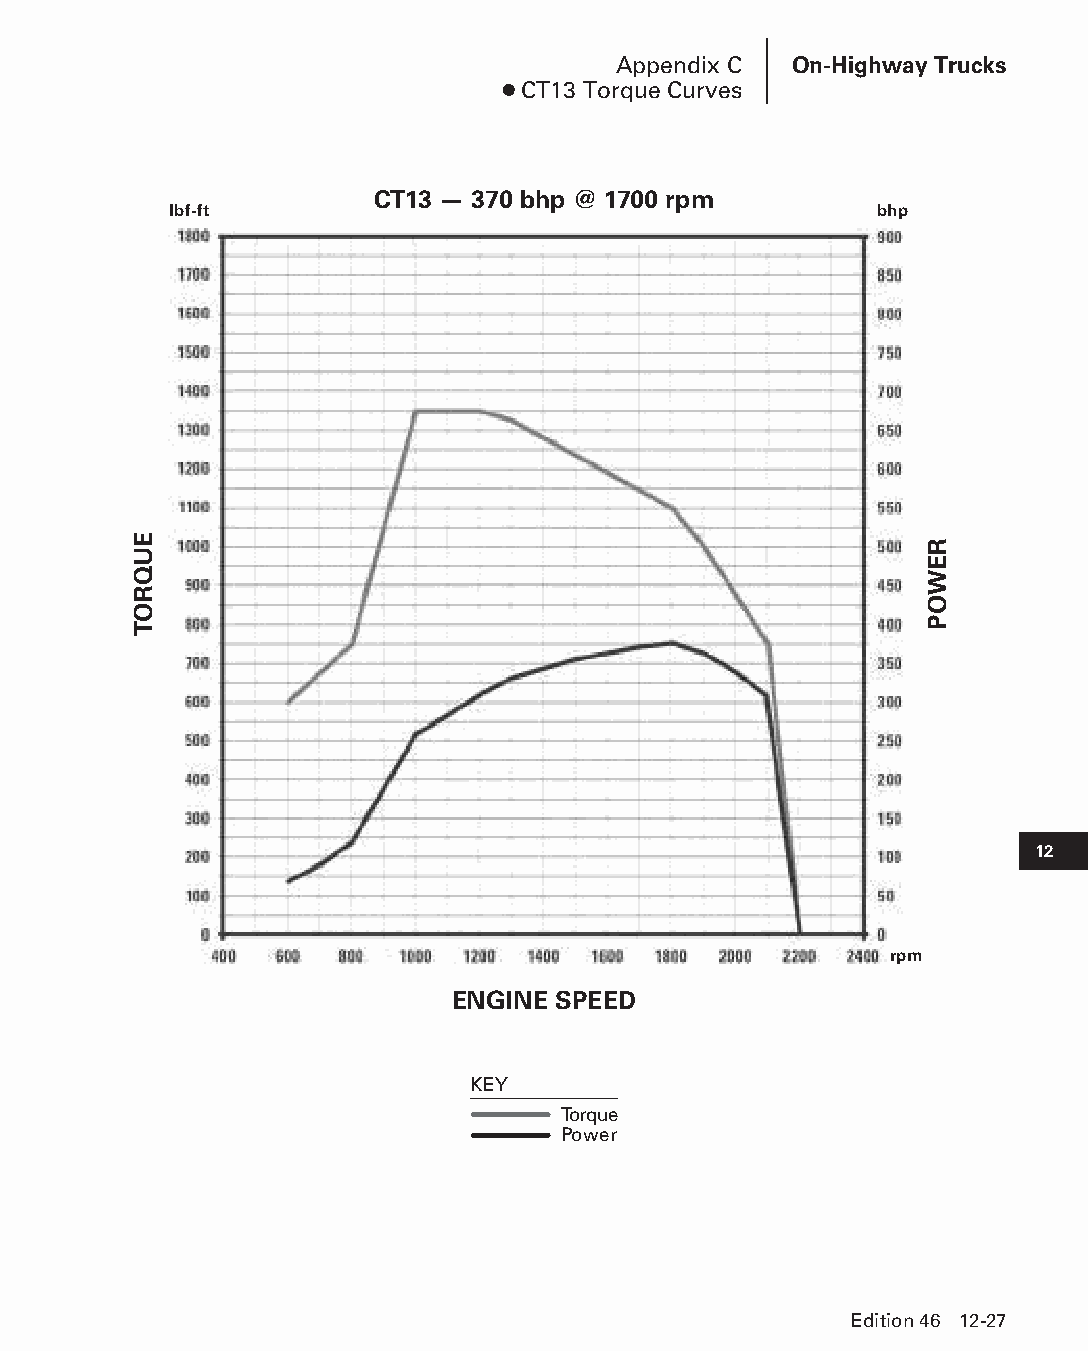
Appendix C  On-Highway Trucks
 ● CT13 Torque Curves
 CT13 — 370 bhp @ 1700 rpm
 lbf-ft                                        bhp
 12
 rpm
 ENGINE SPEED
 KEY
 Torque
 Power
 Edition 46 12-27
 PPHHBB--SSeecc1122--1166..iinndddd 2277                        1122//44//1155 1100::4477 AAMM
 EUQROT
 REWOP